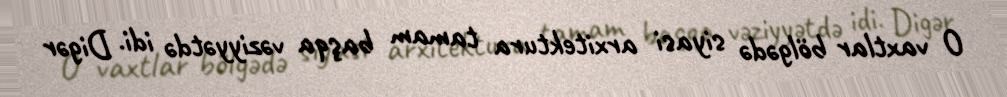
O vaxtlar bölgədə siyasi arxitektura tamam başqa vəziyyətdə idi. Digər